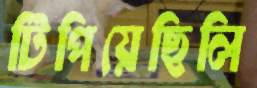
টিপিয়েছিলি